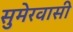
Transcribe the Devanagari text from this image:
सुमेरवासी